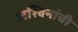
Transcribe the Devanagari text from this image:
अश्विनांची